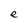
Character: e